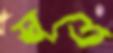
সুতে